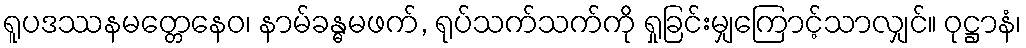
ရူပဒဿနမတ္တေနေဝ၊ နာမ်ခန္ဓမဖက်, ရုပ်သက်သက်ကို ရှုခြင်းမျှကြောင့်သာလျှင်။ ဝုဋ္ဌာနံ၊